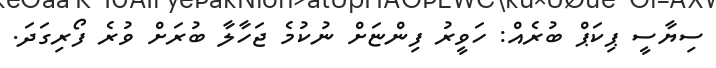
ސިޔާސީ ޕިކަޕް ބުރެއް: ހަވީރު ފިންޏަށް ނުކުމެ ޖަހާލާ ބުރަށް ވުރެ ފޯރިގަދަ.